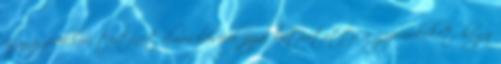
egy gyerekkori történet elmesélésével azzal bátorította a gyermekeket, hogy